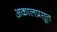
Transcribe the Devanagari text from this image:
अकालप्रसूत